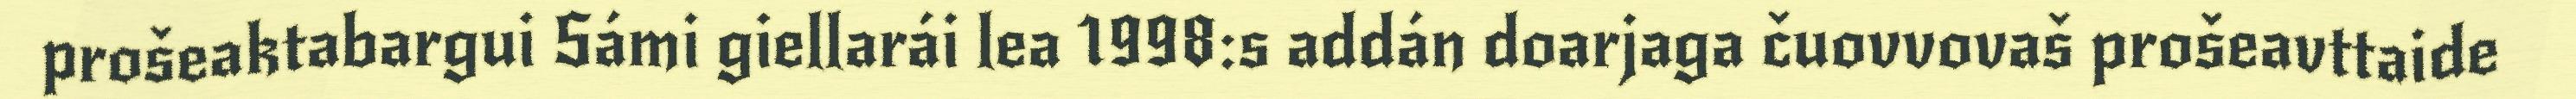
prošeaktabargui Sámi giellarái lea 1998:s addán doarjaga čuovvovaš prošeavttaide